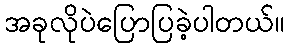
အခုလိုပဲပြောပြခဲ့ပါတယ်။